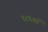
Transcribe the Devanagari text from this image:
१८६वॉ